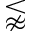
\lnapprox